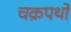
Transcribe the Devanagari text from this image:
चक्रपथों